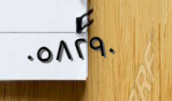
٠٥٨٢٩٠